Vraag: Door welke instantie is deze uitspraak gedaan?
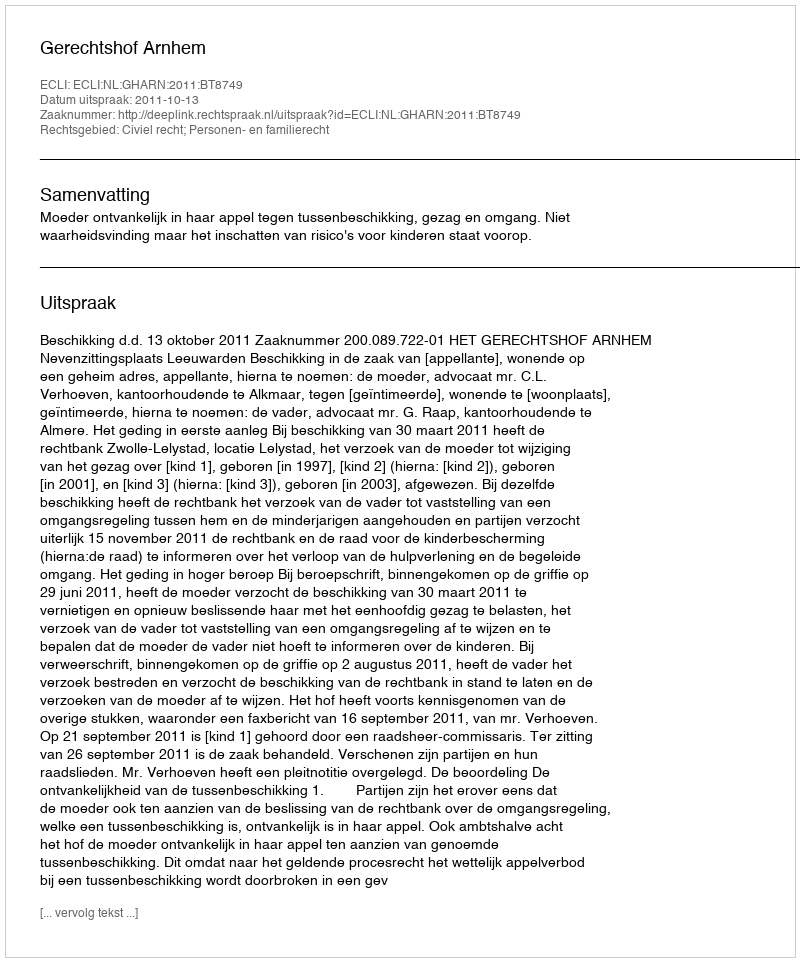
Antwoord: Gerechtshof Arnhem